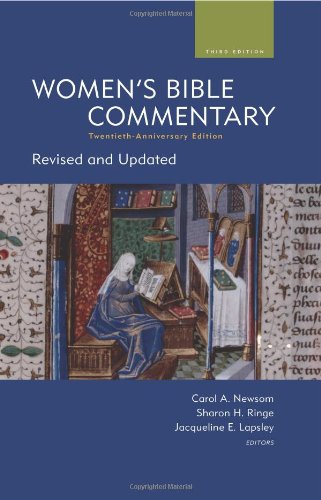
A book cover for Women's Bible Commentary, Third Edition: Revised and Updated; Politics & Social Sciences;